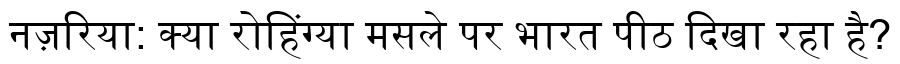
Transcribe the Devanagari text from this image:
नज़रिया: क्या रोहिंग्या मसले पर भारत पीठ दिखा रहा है?